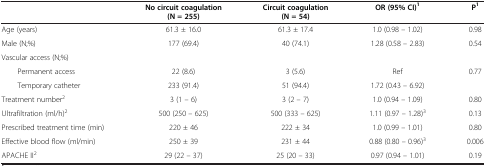
<table><thead><tr><td><b> </b></td><td><b>No circuit coagulation (N = 255)</b></td><td><b>Circuit coagulation (N = 54)</b></td><td><b>OR (95% CI)<sup>1</sup></b></td><td><b>P<sup>1</sup></b></td></tr></thead><tbody><tr><td>Age (years)</td><td>61.3 ± 16.0</td><td>61.3 ± 17.4</td><td>1.0 (0.98 – 1.02)</td><td>0.98</td></tr><tr><td>Male (N;%)</td><td>177 (69.4)</td><td>40 (74.1)</td><td>1.28 (0.58 – 2.83)</td><td>0.54</td></tr><tr><td>Vascular access (N;%)</td><td> </td><td> </td><td> </td><td> </td></tr><tr><td>Permanent access</td><td>22 (8.6)</td><td>3 (5.6)</td><td>Ref</td><td>0.77</td></tr><tr><td>Temporary catheter</td><td>233 (91.4)</td><td>51 (94.4)</td><td>1.72 (0.43 – 6.92)</td><td> </td></tr><tr><td>Treatment number<sup>2</sup></td><td>3 (1 – 6)</td><td>3 (2 – 7)</td><td>1.0 (0.94 – 1.09)</td><td>0.80</td></tr><tr><td>Ultrafiltration (ml/h)<sup>2</sup></td><td>500 (250 – 625)</td><td>500 (333 – 625)</td><td>1.11 (0.97 – 1.28)<sup>3</sup></td><td>0.13</td></tr><tr><td>Prescribed treatment time (min)</td><td>220 ± 46</td><td>222 ± 34</td><td>1.0 (0.99 – 1.01)</td><td>0.80</td></tr><tr><td>Effective blood flow (ml/min)</td><td>250 ± 39</td><td>231 ± 44</td><td>0.88 (0.80 – 0.96)<sup>3</sup></td><td>0.006</td></tr><tr><td>APACHE II<sup>2</sup></td><td>29 (22 – 37)</td><td>25 (20 – 33)</td><td>0.97 (0.94 – 1.01)</td><td>0.19</td></tr></tbody></table>